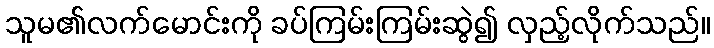
သူမ၏လက်မောင်းကို ခပ်ကြမ်းကြမ်းဆွဲ၍ လှည့်လိုက်သည်။